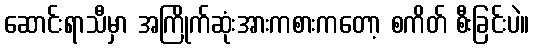
ဆောင်းရာသီမှာ အကြိုက်ဆုံးအားကစားကတော့ စကိတ် စီးခြင်းပဲ။